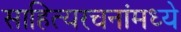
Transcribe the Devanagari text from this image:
साहित्यरचनांमध्ये